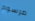
مرسوم